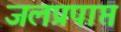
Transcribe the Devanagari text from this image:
जलप्रपाप्त